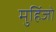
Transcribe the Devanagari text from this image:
मुहिंजो